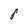
Character: 8